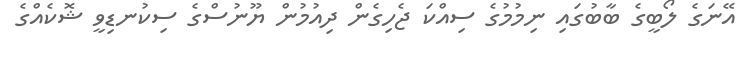
އޭނަގެ ލޯބީގެ ބާބުގައި ނިމުމުގެ ސިއްކަ ޖެހިގެން ދިއުމުން ޔޫނުސްގެ ސިކުނޑިވީ ޝޮކެއްގެ